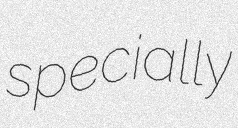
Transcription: specially